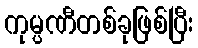
ကုမ္ပဏီတစ်ခုဖြစ်ပြီး